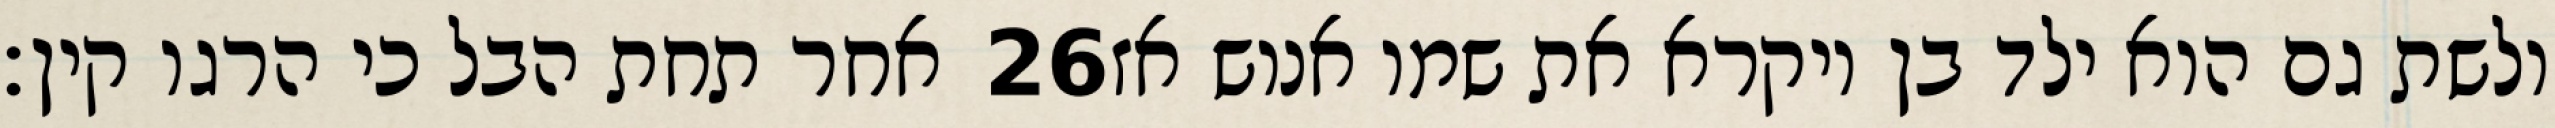
אחר תחת הבל כי הרגו קין׃ ‎26‏ ולשת גם הוא ילד בן ויקרא את שמו אנוש אז